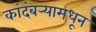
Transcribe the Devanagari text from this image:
कांदंबर्‍यामधून